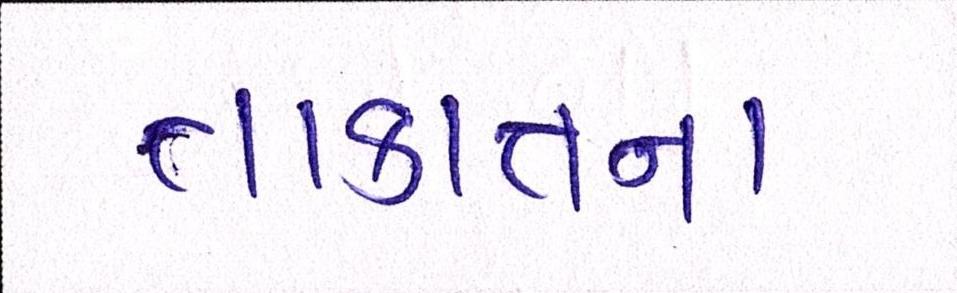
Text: તાકાતના